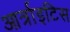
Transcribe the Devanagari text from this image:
आर्त्राइटिस